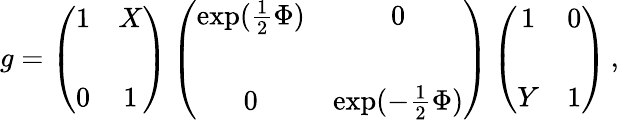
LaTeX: g=\left(\begin{array}{cc}{{1}}&{{X}}\\ {{}}&{{}}\\ {{0}}&{{1}}\end{array}\right)\left(\begin{array}{cc}{{\exp(\frac 12\Phi)}}&{{0}}\\ {{}}&{{}}\\ {{0}}&{{\exp(-\frac 12\Phi)}}\end{array}\right)\left(\begin{array}{cc}{{1}}&{{0}}\\ {{}}&{{}}\\ {{Y}}&{{1}}\end{array}\right)\, ,